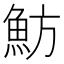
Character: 魴